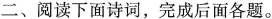
二、阅读下面诗词，完成后面各题。